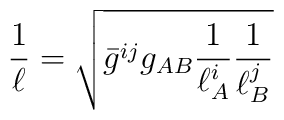
\frac{1}{\ell}= \sqrt{\bar{g}^{ij}g_{AB}\frac{1}{\ell^{i}_{A}}\frac{1}{\ell^{j}_{B}}}